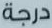
درجة